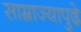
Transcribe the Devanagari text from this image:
साम्राज्यापुढे